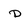
Character: d